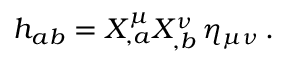
h _ { a b } = X _ { , a } ^ { \mu } X _ { , b } ^ { \nu } \, \eta _ { \mu \nu } \, .